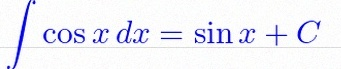
\int \cos x\,dx=\sin x+C